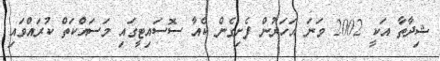
ޝިދާތާ އަކީ 2002 ވަނަ އަހަރުން ފެށިގެން ކެއާ ސޮސައިޓީގައި މަސައްކަތް ކުރައްވައި